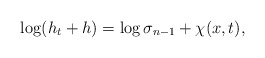
\begin{align*}\log(h_{t}+ h)=\log \sigma_{n-1}+\chi(x,t),\end{align*}